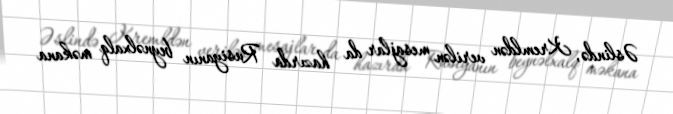
Əslində, Kremldən verilən mesajlar da hazırda Rusiyanın beynəlxalq məkana